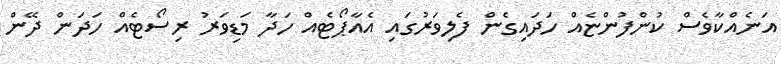
އަނެއްކާވެސް ކުންފުންޏެއް ހަދައިގެން ފެލިވަރުގައި އެއާޕޯޓެއް ހަދާ މަޑިވަރު ރިސޯޓެއް ހަދަން ދޭން